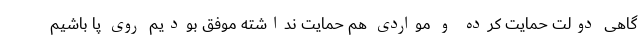
گاهی دولت حمایت کرده و مواردی هم حمایت نداشته موفق بودیم روی پا باشیم